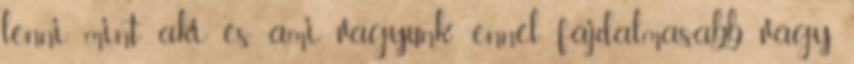
lenni, mint aki és ami vagyunk: ennél fájdalmasabb vágy